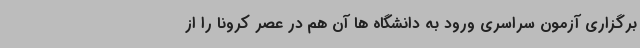
برگزاری آزمون سراسری ورود به دانشگاه ها آن هم در عصر کرونا را از